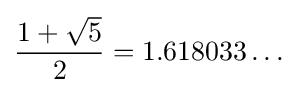
{\frac {1+{\sqrt {5}}}{2}}=1.618033\dots \